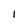
Character: 1